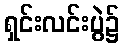
ရှင်းလင်းပွဲ၌